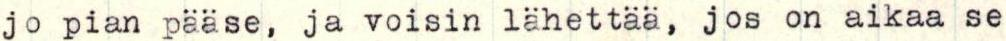
jo pian pääse, ja voisin lähettää, jos on aikaa se